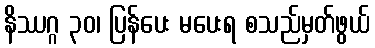
နိဿဂ္ဂ ၃၀၊ ပြန်ပေး မပေးရ စသည်မှတ်ဖွယ်